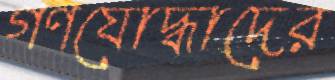
গণযোদ্ধাদের